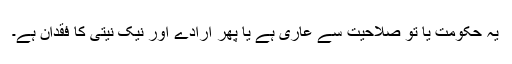
یہ حکومت یا تو صلاحیت سے عاری ہے یا پھر ارادے اور نیک نیتی کا فقدان ہے۔